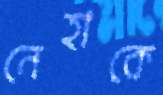
নেহাকে